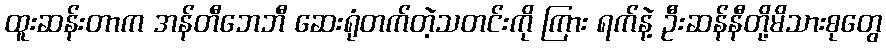
ထူးဆန်းတာက အန်တီဘေဘီ ဆေးရုံတက်တဲ့သတင်းကို ကြား ရက်နဲ့ ဦးဆန်နီတို့မိသားစုတွေ